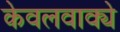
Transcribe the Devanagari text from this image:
केवलवाक्ये